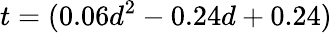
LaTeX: t=(0.06d^{2}-0.24d+0.24)